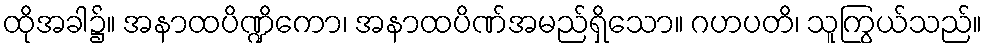
ထိုအခါ၌။ အနာထပိဏ္ဍိကော၊ အနာထပိဏ်အမည်ရှိသော။ ဂဟပတိ၊ သူကြွယ်သည်။